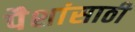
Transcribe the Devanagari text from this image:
पैशांसाठी